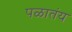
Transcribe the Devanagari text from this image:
पळातंय